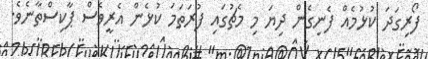
ފޯރިގަދަ ކުޅުމެއް ފެނިގެން ދިޔަ މި މެެޗުގައި ފުރަތަމަ ކުޅެން އެރީވެސް ޕާކިސްތާނެވެ.